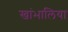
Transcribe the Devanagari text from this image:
खांभालिया